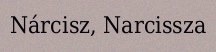
Nárcisz, Narcissza